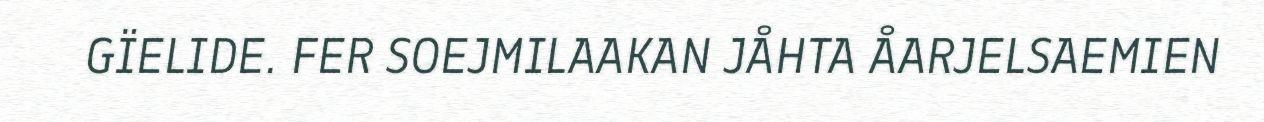
GÏELIDE. FER SOEJMILAAKAN JÅHTA ÅARJELSAEMIEN